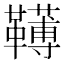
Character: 䪇